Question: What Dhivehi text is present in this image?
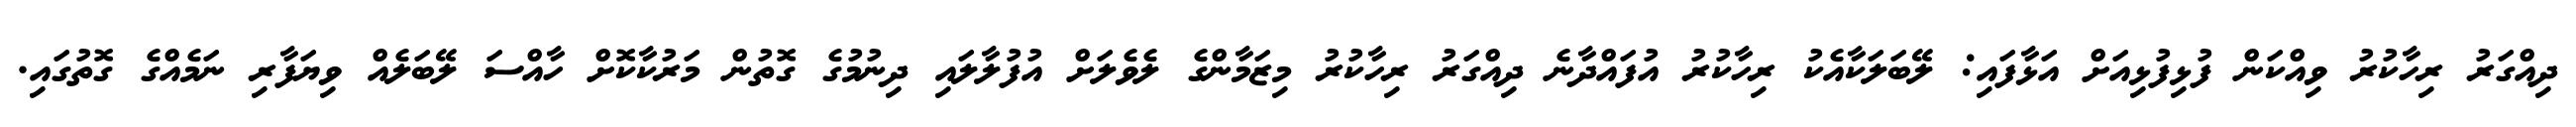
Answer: ދިއްގަރު ރިހާކުރު ވިއްކަން ފުޅިފުޅިއަށް އަޅާފައި: ލޭބަލަކާއެކު ރިހާކުރު އުފައްދާނެ ދިއްގަރު ރިހާކުރު މިޒަމާންގެ ލެވެލަށް އުފުލާލައި ދިނުމުގެ ގޮތުން މަރުކާކޮށް ހާއްސަ ލޭބަލެއް ވިޔަފާރި ނަމެއްގެ ގޮތުގައި.